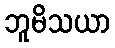
ဘူမိသယာ